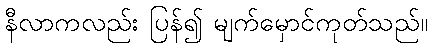
နီလာကလည်း ပြန်၍ မျက်မှောင်ကုတ်သည်။